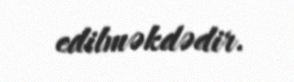
edilməkdədir.